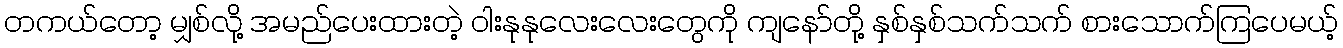
တကယ်တော့ မျှစ်လို့ အမည်ပေးထားတဲ့ ဝါးနုနုလေးလေးတွေကို ကျနော်တို့ နှစ်နှစ်သက်သက် စားသောက်ကြပေမယ့်